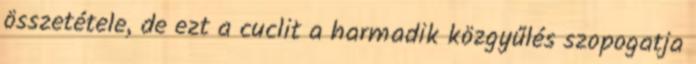
összetétele, de ezt a cuclit a harmadik közgyűlés szopogatja